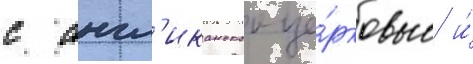
с англ'иканскои це́рковью и́